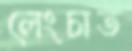
লেংচাত